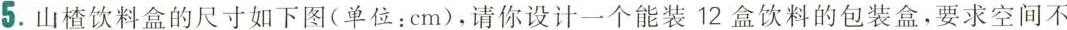
5.山楂饮料盒的尺寸如下图(单位：cm)，请你设计一个能装12盒饮料的包装盒，要求空间不